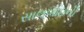
સાલબાઇની